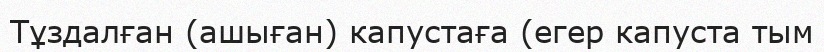
Тұздалған (ашыған) капустаға (егер капуста тым